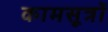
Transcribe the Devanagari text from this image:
कामसूत्रों